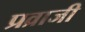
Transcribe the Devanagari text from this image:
प्रव्राजी